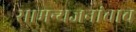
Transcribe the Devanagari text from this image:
सामन्यजनांचाच